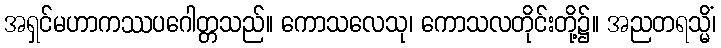
အရှင်မဟာကဿပဂေါတ္တသည်။ ကောသလေသု၊ ကောသလတိုင်းတို့၌။ အညတရသ္မိံ၊